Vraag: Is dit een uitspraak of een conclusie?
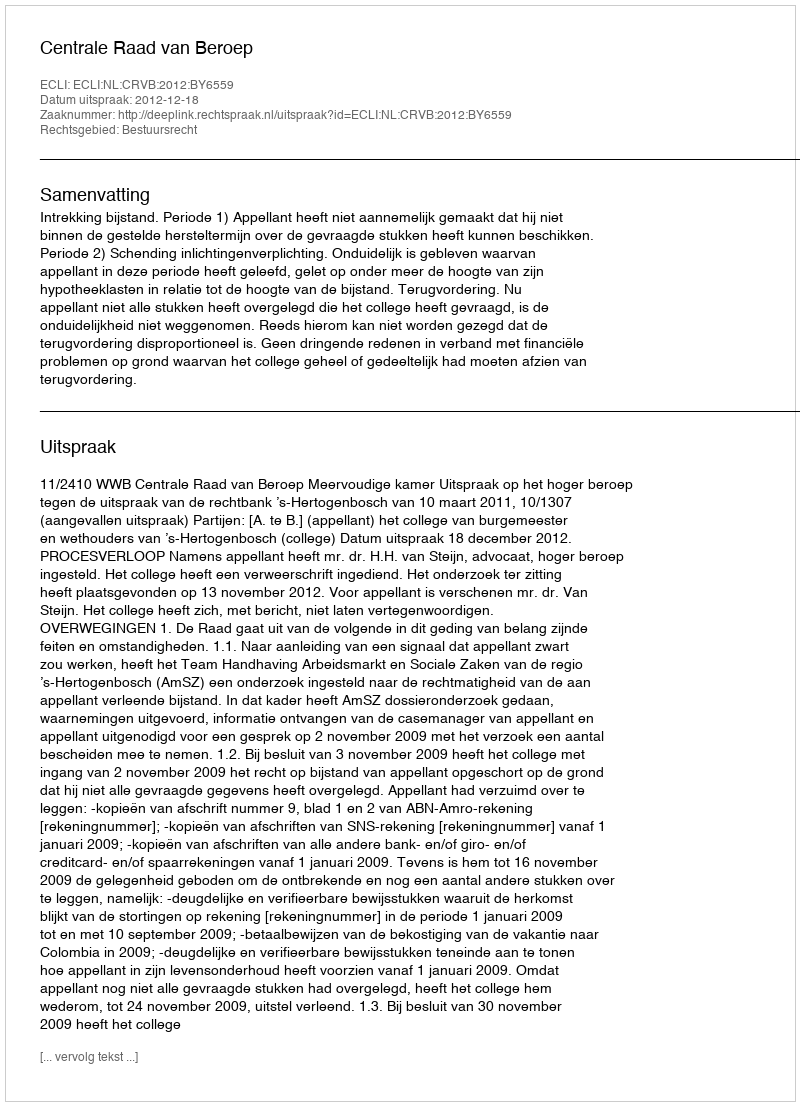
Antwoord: Uitspraak